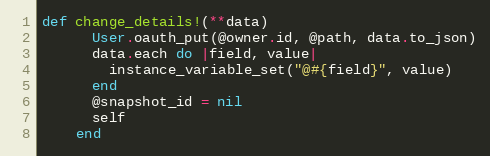
Language: Ruby
def change_details!(**data)
      User.oauth_put(@owner.id, @path, data.to_json)
      data.each do |field, value|
        instance_variable_set("@#{field}", value)
      end
      @snapshot_id = nil
      self
    end